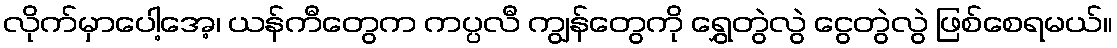
လိုက်မှာပေါ့အေ့၊ ယန်ကီတွေက ကပ္ပလီ ကျွန်တွေကို ရွှေတွဲလွဲ ငွေတွဲလွဲ ဖြစ်စေရမယ်။